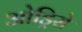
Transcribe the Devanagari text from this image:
ओड्रिसे